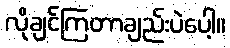
လိုချင်ကြတာချည်းပဲပေါ့။